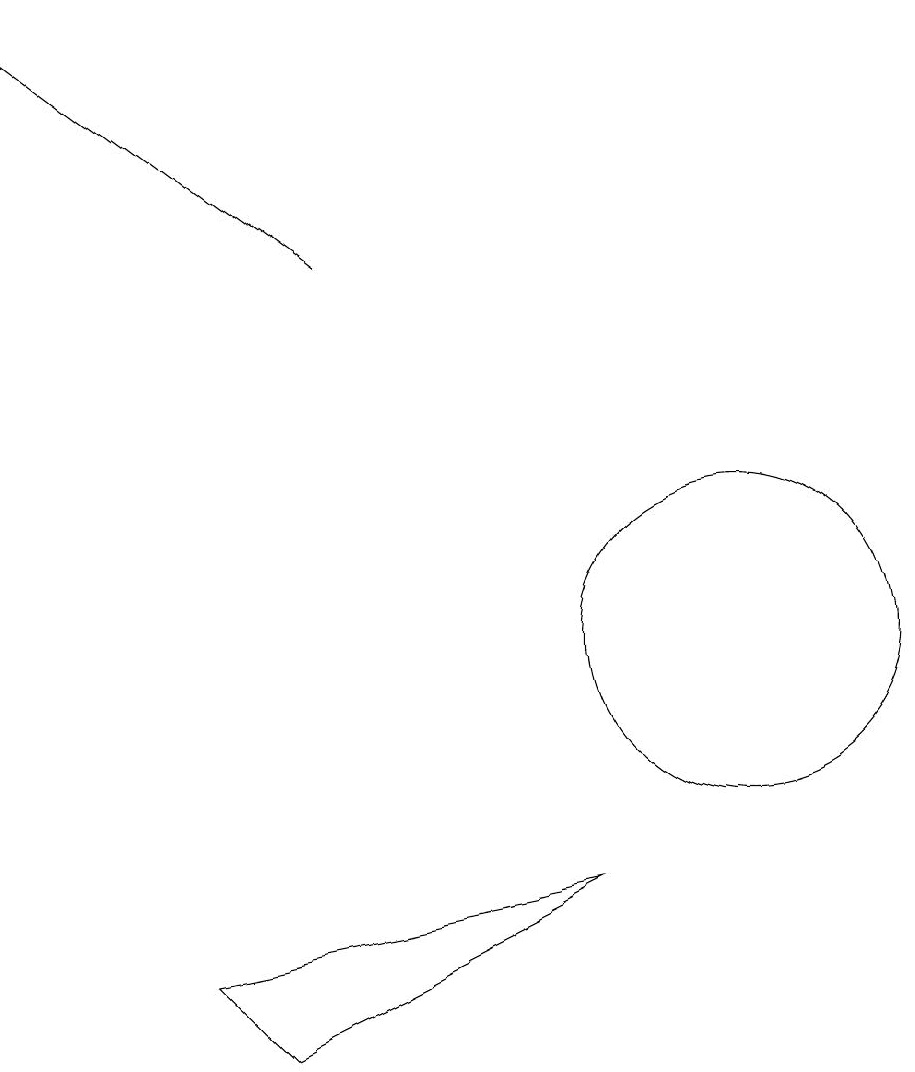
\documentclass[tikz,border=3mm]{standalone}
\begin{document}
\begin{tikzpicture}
\draw (3,7) -- (4,6) -- (8,8) -- cycle;
\draw (10,11) circle (2);
\draw[->] (5,16) -- (1,19);
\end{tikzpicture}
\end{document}